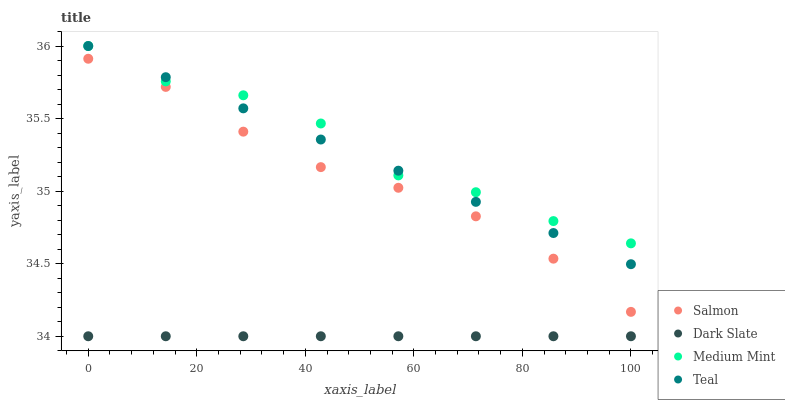
| xaxis_label | Salmon | Dark Slate | Medium Mint | Teal |
 | --- | --- | --- | --- | --- |
 | 0 | 35.9 | 34 | 36 | 36 |
 | 14.3 | 35.7 | 34 | 35.8 | 35.8 |
 | 28.6 | 35.4 | 34 | 35.7 | 35.6 |
 | 42.9 | 35.2 | 34 | 35.5 | 35.4 |
 | 57.1 | 35 | 34 | 35.1 | 35.1 |
 | 71.4 | 34.8 | 34 | 35 | 34.9 |
 | 85.7 | 34.5 | 34 | 34.8 | 34.7 |
 | 100 | 34.2 | 34 | 34.6 | 34.5 |